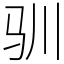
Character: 驯